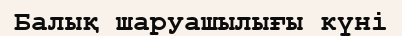
Балық шаруашылығы күні